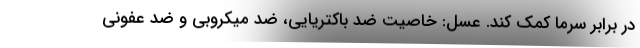
در برابر سرما کمک کند. عسل: خاصیت ضد باکتریایی، ضد میکروبی و ضد عفونی